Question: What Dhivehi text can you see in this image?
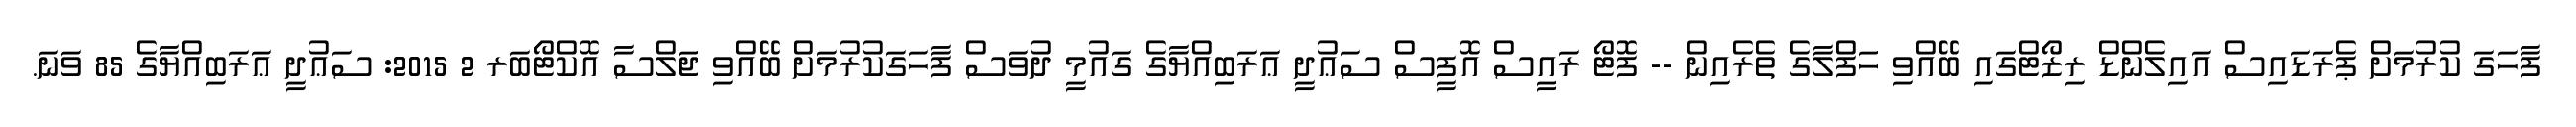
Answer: ފާހަގަ ކުރުމަށް ޕެރަޑައިސް އައިލެންޑް ރިޒޯޓްގައި ބޭއްވި ހަފްލާގެ ތެރެއިން -- ފޮޓޯ ރައީސް އޮފީސް ސަޢުދީ ޢަރަބިއްޔާގެ ގައުމީ ދުވަސް ފާހަގަކުރުމަށް ބޭއްވި ޖަލްސާ އޮކްޓޯބަރ 2 2015: ސަޢުދީ ޢަރަބިއްޔާގެ 85 ވަނަ.